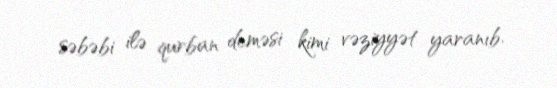
səbəbi ilə qurban deməsi kimi vəziyyət yaranıb.